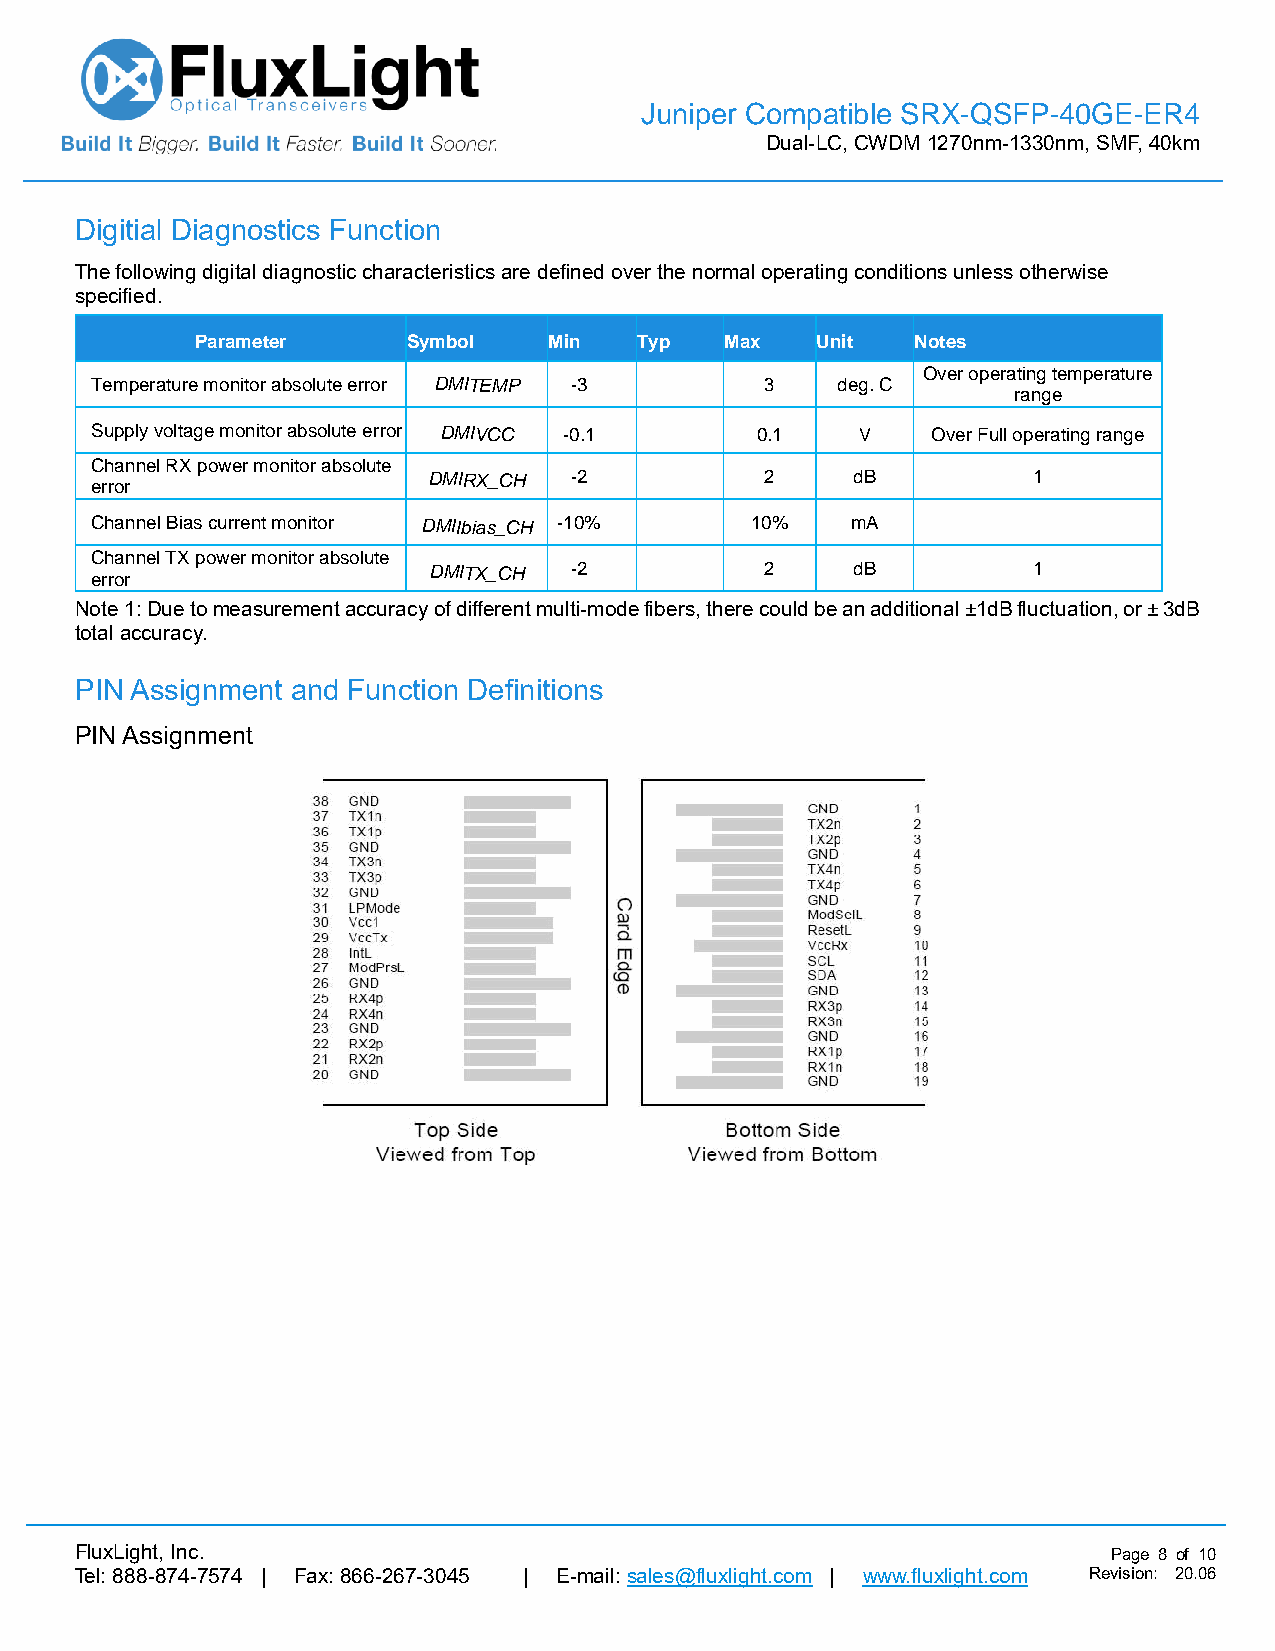
Juniper Compatible SRX-QSFP-40GE-ER4
 Dual-LC, CWDM 1270nm-1330nm, SMF, 40km
 Digitial Diagnostics Function
 The following digital diagnostic characteristics are defined over the normal operating conditions unless otherwise
 specified.
 Parameter     Symbol   Min   Typ   Max   Unit   Notes
 Over operating temperature
 Temperature monitor absolute error DMITEMP -3 3  deg. C
 range
 Supply voltage monitor absolute error DMIVCC -0.1 0.1 V Over Full operating range
 Channel RX power monitor absolute
 error
 DMIRX_CH  -2           2     dB         1
 Channel Bias current monitor DMIIbias_CH -10% 10% mA
 Channel TX power monitor absolute
 error
 DMITX_CH  -2           2     dB         1
 Note 1: Due to measurement accuracy of different multi-mode fibers, there could be an additional ±1dB fluctuation, or ± 3dB
 total accuracy.
 PIN Assignment and Function Definitions
 PIN Assignment
 FluxLight, Inc.                                                      Page 8 of 10
 Tel: 888-874-7574 | Fax: 866-267-3045 | E-mail: sales@fluxlight.com | www.fluxlight.com Revision: 20.06